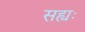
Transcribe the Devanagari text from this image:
सह्यः